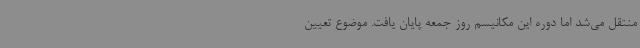
منتقل می‌شد اما دوره این مکانیسم روز جمعه پایان یافت. موضوع تعیین